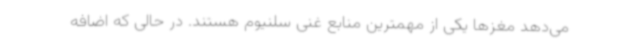
می‌دهد مغزها یکی از مهمترین منابع غنی سلنیوم هستند. در حالی که اضافه